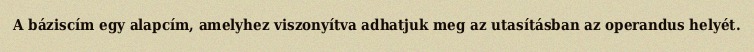
A báziscím egy alapcím, amelyhez viszonyítva adhatjuk meg az utasításban az operandus helyét.